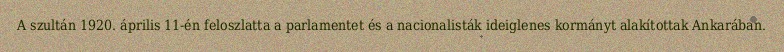
A szultán 1920. április 11-én feloszlatta a parlamentet és a nacionalisták ideiglenes kormányt alakítottak Ankarában.